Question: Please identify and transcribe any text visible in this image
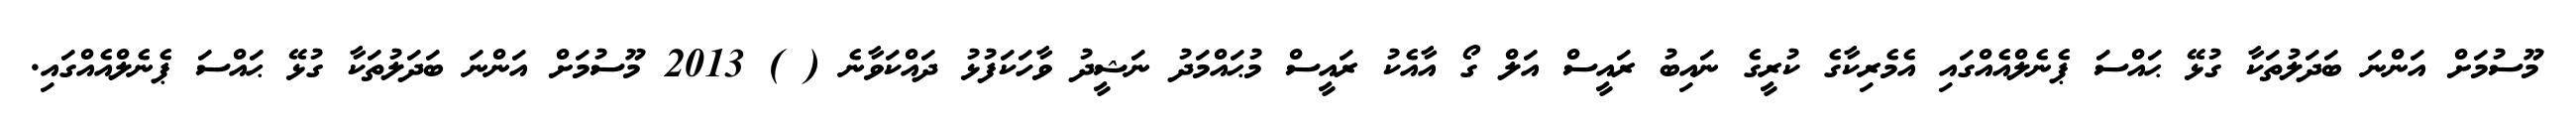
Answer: މޫސުމަށް އަންނަ ބަދަލުތަކާ ގުޅޭ ޙައްސަ ޕެނެލްއެއްގައި އެމެރިކާގެ ކުރީގެ ނައިބު ރައީސް އަލް ގޯ އާއެކު ރައީސް މުޙައްމަދު ނަޝީދު ވާހަކަފުޅު ދައްކަވާނެ ( ) 2013 މޫސުމަށް އަންނަ ބަދަލުތަކާ ގުޅޭ ޙައްސަ ޕެނެލްއެއްގައި.